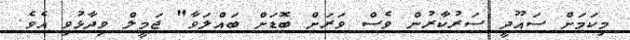
މިކަމަށް ސައޫދީ ސަރުކާރުން ވެސް ވަރަށް ބޮޑަށް ބައްލަވާ" ޖަމީލް ވިދާޅުވި އެވެ.